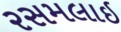
રસમલાઇ